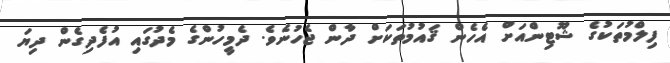
ފިލްމުތަކުގެ ޝޫޓިންއަށް އެހެން ޤައުމުތަކަށް ދާން ޖެހުނެވެ. ދެމީހުންގެ މެދުގައި އުފެދިގެން ދިޔަ